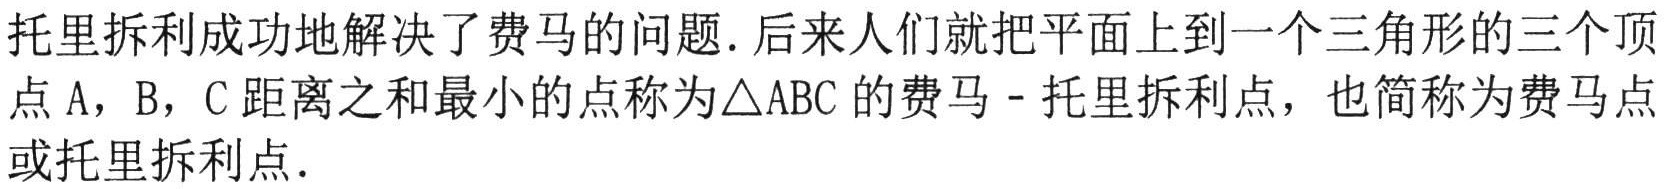
托里拆利成功地解决了费马的问题. 后来人们就把平面上到一个三角形的三个顶

点 A，B，C 距离之和最小的点称为\(\triangle ABC\)的费马 - 托里拆利点，也简称为费马点

或托里拆利点.